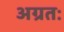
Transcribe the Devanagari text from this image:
अग्रतः